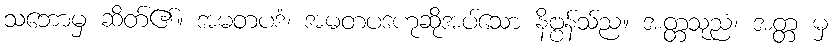
သဘောမှ ဆိတ်၏။ အမတပဒံ၊ အမတပဒဟုဆိုအပ်သော နိဗ္ဗန်သ်ည။ အတ္တသုညံ၊ အတ္တ မှ